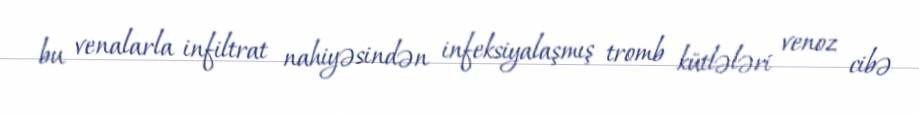
bu venalarla infiltrat nahiyəsindən infeksiyalaşmış tromb kütlələri venoz cibə